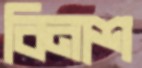
বিনাশ